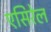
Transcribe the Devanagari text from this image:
एसिरेल